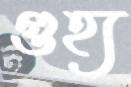
গুহ্য